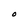
Character: O